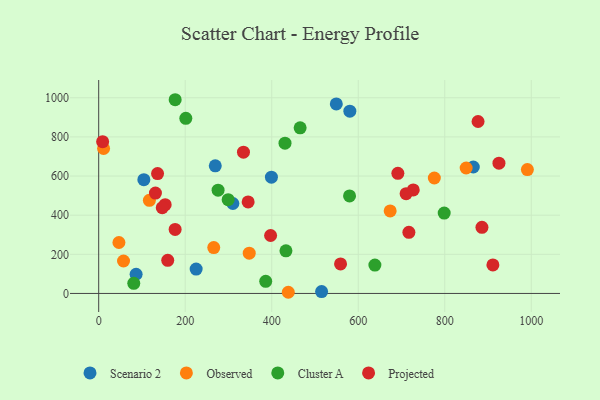
{"axis": {"x": "Study Hours", "y": "Salary"}, "legend": ["Cluster A", "Observed", "Projected", "Scenario 2"], "data": [{"x": "515.3", "y": 9.5, "type": "Scenario 2"}, {"x": "580.6", "y": 931.4, "type": "Scenario 2"}, {"x": "269.5", "y": 652.3, "type": "Scenario 2"}, {"x": "104.4", "y": 581.4, "type": "Scenario 2"}, {"x": "225.3", "y": 124.7, "type": "Scenario 2"}, {"x": "86.5", "y": 98.1, "type": "Scenario 2"}, {"x": "399.3", "y": 594.2, "type": "Scenario 2"}, {"x": "866.0", "y": 646.3, "type": "Scenario 2"}, {"x": "549.3", "y": 968.4, "type": "Scenario 2"}, {"x": "310.2", "y": 459.7, "type": "Scenario 2"}, {"x": "849.5", "y": 641.2, "type": "Observed"}, {"x": "57.4", "y": 165.8, "type": "Observed"}, {"x": "438.3", "y": 6.0, "type": "Observed"}, {"x": "673.8", "y": 421.9, "type": "Observed"}, {"x": "11.3", "y": 740.7, "type": "Observed"}, {"x": "46.8", "y": 260.3, "type": "Observed"}, {"x": "117.2", "y": 476.2, "type": "Observed"}, {"x": "991.0", "y": 633.3, "type": "Observed"}, {"x": "775.9", "y": 590.0, "type": "Observed"}, {"x": "348.0", "y": 205.8, "type": "Observed"}, {"x": "266.0", "y": 234.7, "type": "Observed"}, {"x": "201.4", "y": 895.1, "type": "Cluster A"}, {"x": "579.9", "y": 498.5, "type": "Cluster A"}, {"x": "798.7", "y": 410.8, "type": "Cluster A"}, {"x": "299.3", "y": 479.4, "type": "Cluster A"}, {"x": "432.9", "y": 218.1, "type": "Cluster A"}, {"x": "176.8", "y": 990.1, "type": "Cluster A"}, {"x": "276.0", "y": 528.0, "type": "Cluster A"}, {"x": "465.7", "y": 846.5, "type": "Cluster A"}, {"x": "81.1", "y": 51.5, "type": "Cluster A"}, {"x": "386.1", "y": 62.0, "type": "Cluster A"}, {"x": "430.7", "y": 768.1, "type": "Cluster A"}, {"x": "638.5", "y": 145.2, "type": "Cluster A"}, {"x": "9.1", "y": 775.9, "type": "Projected"}, {"x": "911.3", "y": 145.9, "type": "Projected"}, {"x": "559.1", "y": 150.8, "type": "Projected"}, {"x": "136.1", "y": 612.9, "type": "Projected"}, {"x": "159.6", "y": 169.1, "type": "Projected"}, {"x": "727.2", "y": 528.9, "type": "Projected"}, {"x": "691.6", "y": 613.8, "type": "Projected"}, {"x": "153.7", "y": 453.5, "type": "Projected"}, {"x": "334.7", "y": 721.8, "type": "Projected"}, {"x": "877.0", "y": 878.9, "type": "Projected"}, {"x": "345.5", "y": 467.7, "type": "Projected"}, {"x": "147.0", "y": 438.6, "type": "Projected"}, {"x": "925.3", "y": 665.8, "type": "Projected"}, {"x": "131.2", "y": 513.2, "type": "Projected"}, {"x": "886.0", "y": 338.2, "type": "Projected"}, {"x": "176.7", "y": 327.4, "type": "Projected"}, {"x": "710.7", "y": 510.0, "type": "Projected"}, {"x": "397.4", "y": 296.2, "type": "Projected"}, {"x": "717.1", "y": 312.5, "type": "Projected"}]}